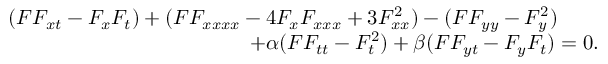
\begin{array} { r } { ( F F _ { x t } - F _ { x } F _ { t } ) + ( F F _ { x x x x } - 4 F _ { x } F _ { x x x } + 3 F _ { x x } ^ { 2 } ) - ( F F _ { y y } - F _ { y } ^ { 2 } ) \qquad } \\ { + \alpha ( F F _ { t t } - F _ { t } ^ { 2 } ) + \beta ( F F _ { y t } - F _ { y } F _ { t } ) = 0 . } \end{array}